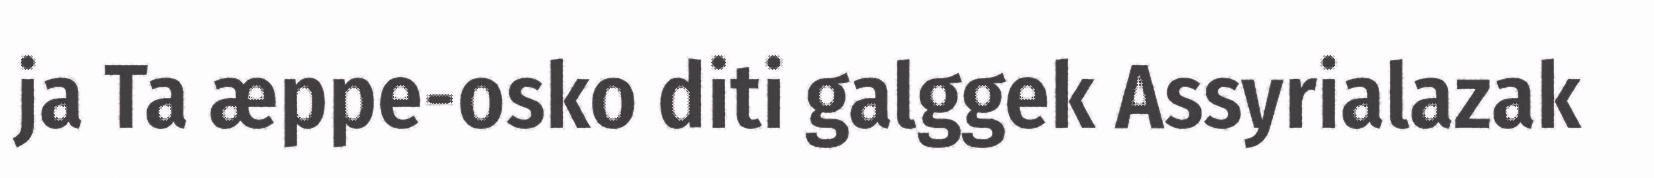
ja Ta æppe-osko diti galggek Assyrialazak